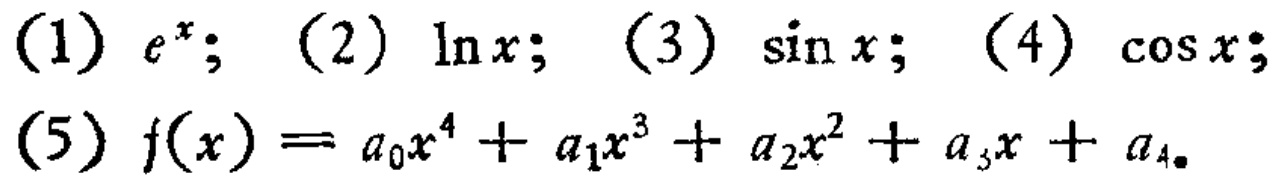
(1) \(e^{x}\); (2) \(\ln x\); (3) \(\sin x\); (4) \(\cos x\); (5) \(f(x)=a_{0}x^{4}+a_{1}x^{3}+a_{2}x^{2}+a_{3}x + a_{4}\)